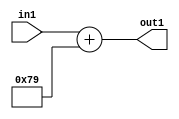
`timescale 1ps / 1ps
/*****************************************************************************
    Verilog RTL Description
    
    
    Created by: Stratus DpOpt 2019.1.01 
*******************************************************************************/

module DC_Filter_Add_12U_236_4 (
	in1,
	out1
	); /* architecture "behavioural" */ 
input [11:0] in1;
output [11:0] out1;
wire [11:0] asc001;

assign asc001 = 
	+(in1)
	+(12'B000001111001);

assign out1 = asc001;
endmodule

/* CADENCE  urj5Qgk= : u9/ySgnWtBlWxVPRXgAZ4Og= ** DO NOT EDIT THIS LINE ******/